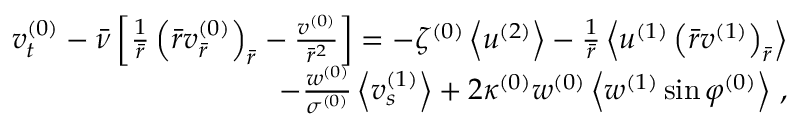
\begin{array} { r } { v _ { t } ^ { ( 0 ) } - \bar { \nu } \left[ \frac { 1 } { \bar { r } } \left( \bar { r } v _ { \bar { r } } ^ { ( 0 ) } \right) _ { \bar { r } } - \frac { v ^ { ( 0 ) } } { \bar { r } ^ { 2 } } \right] = - \zeta ^ { ( 0 ) } \left< u ^ { ( 2 ) } \right> - \frac { 1 } { \bar { r } } \left< u ^ { ( 1 ) } \left( \bar { r } v ^ { ( 1 ) } \right) _ { \bar { r } } \right> } \\ { - \frac { w ^ { ( 0 ) } } { \sigma ^ { ( 0 ) } } \left< v _ { s } ^ { ( 1 ) } \right> + 2 \kappa ^ { ( 0 ) } w ^ { ( 0 ) } \left< w ^ { ( 1 ) } \sin \varphi ^ { ( 0 ) } \right> \, , } \end{array}